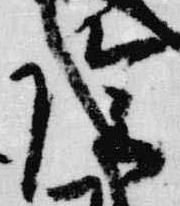
陰